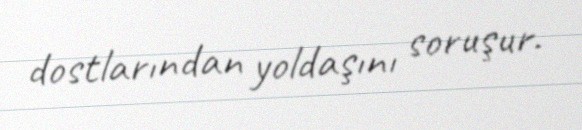
dostlarından yoldaşını soruşur.